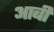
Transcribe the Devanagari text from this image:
आबी